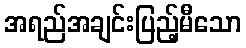
အရည်အချင်းပြည့်မီသော